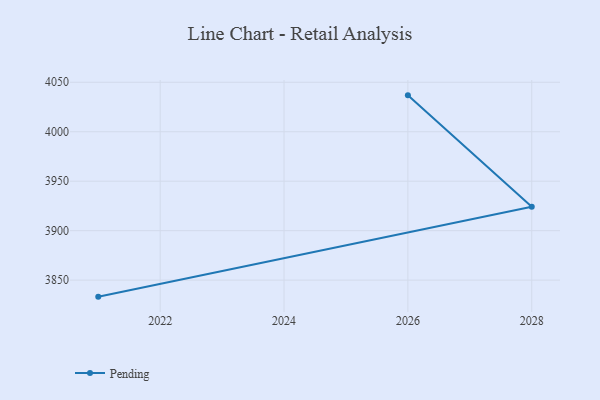
{"axis": {"x": "Year", "y": "Budget (USD K)"}, "legend": ["Pending"], "data": [{"x": "2021", "y": 3833.3, "type": "Pending"}, {"x": "2028", "y": 3924.2, "type": "Pending"}, {"x": "2026", "y": 4036.8, "type": "Pending"}]}